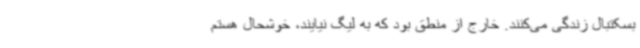
بسکتبال زندگی می‌کنند. خارج از منطق بود که به لیگ نیایند، خوشحال هستم